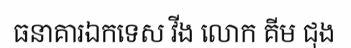
ធនាគារឯកទេស វីង លោក គីម ជុង